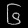
Digit: ၆